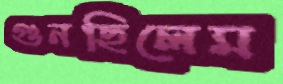
গুনছিলেম